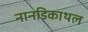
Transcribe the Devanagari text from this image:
नानडिकाथल